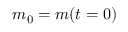
m _ { 0 } = m ( t = 0 )